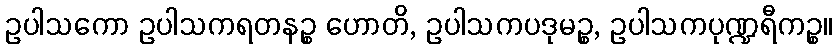
ဥပါသကော ဥပါသကရတနဉ္စ ဟောတိ, ဥပါသကပဒုမဉ္စ, ဥပါသကပုဏ္ဍရီကဉ္စ။